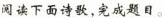
读下面诗歌，完成题目。